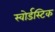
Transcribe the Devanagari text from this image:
स्वोर्डस्टिक